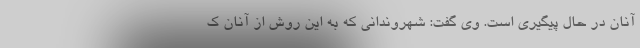
آنان در حال پیگیری است. وی گفت: شهروندانی که به این روش از آنان ک